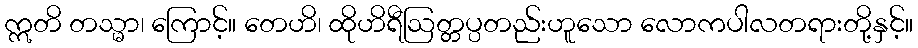
ဣတိ တသ္မာ၊ ကြောင့်။ တေဟိ၊ ထိုဟိရီဩတ္တပ္ပတည်းဟူသော လောကပါလတရားတို့နှင့်။